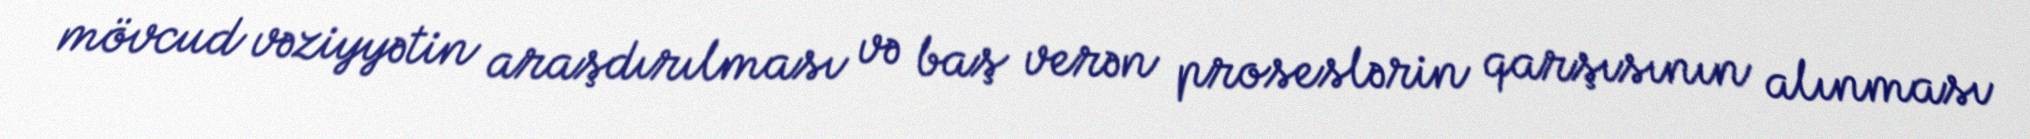
mövcud vəziyyətin araşdırılması və baş verən proseslərin qarşısının alınması